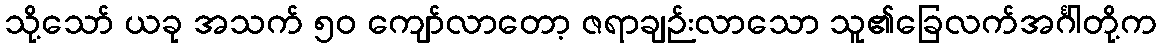
သို့သော် ယခု အသက် ၅၀ ကျော်လာတော့ ဇရာချဉ်းလာသော သူ၏ခြေလက်အင်္ဂါတို့က